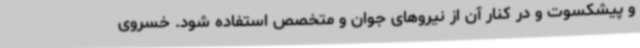
و پیشکسوت و در کنار آن از نیروهای جوان و متخصص استفاده شود. خسروی